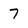
Character: 7